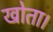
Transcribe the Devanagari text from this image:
खोता।